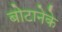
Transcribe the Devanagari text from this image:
बोटानेके